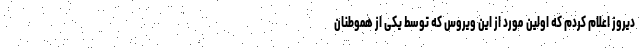
دیروز اعلام کردم که اولین مورد از این ویروس که توسط یکی از هموطنان